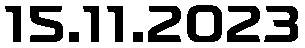
15.11.2023